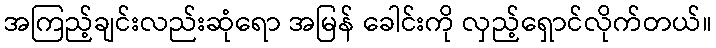
အကြည့်ချင်းလည်းဆုံရော အမြန် ခေါင်းကို လှည့်ရှောင်လိုက်တယ်။